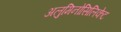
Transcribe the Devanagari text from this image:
अलुमिनोसिलिकेट